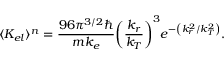
\langle K _ { e l } \rangle ^ { n } = \frac { 9 6 { \pi } ^ { 3 / 2 } \hbar } { m k _ { e } } { \left( \frac { k _ { r } } { k _ { T } } \right) ^ { 3 } } e ^ { - \left( k _ { r } ^ { 2 } / k _ { T } ^ { 2 } \right) } .